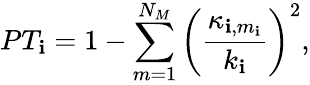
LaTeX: PT_{\mathbf{i}}=1-\sum_{m=1}^{N_{M}}\left(\frac{{\kappa_{\mathbf{i},m_{\mathbf{i}}}}}{{k_{\mathbf{i}}}}\right)^{2},